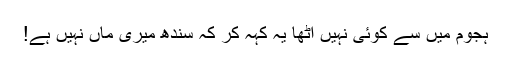
ہجوم میں سے کوئی نہیں اُٹھا یہ کہہ کر کہ سندھ میری ماں نہیں ہے!